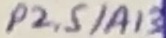
Text: P2.5/A13